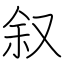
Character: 叙